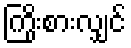
ကြိုးစားလျှင်